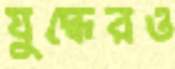
যুদ্ধেরও